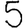
Digit: 5